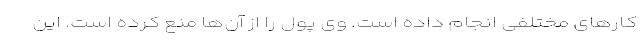
کارهای مختلفی انجام داده است. وی پول را از آن‌ها منع کرده است‌.‌ این